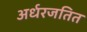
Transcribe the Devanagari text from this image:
अर्धरजतित